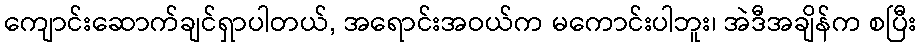
ကျောင်းဆောက်ချင်ရှာပါတယ်, အရောင်းအဝယ်က မကောင်းပါဘူး၊ အဲဒီအချိန်က စပြီး